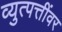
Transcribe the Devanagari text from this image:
व्युत्पत्तींवर